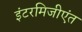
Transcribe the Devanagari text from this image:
इंटरमिजीएंत